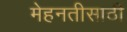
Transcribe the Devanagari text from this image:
मेहनतीसाठी